Report on the administration of the Government Cinchona Department 1892-98
Year: 1892
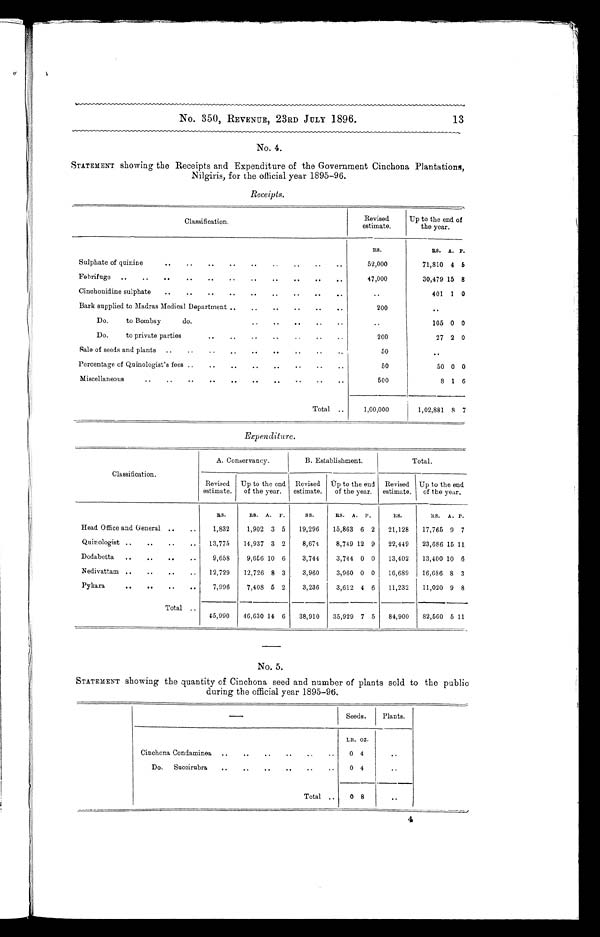
No. 350, REVENUE, 23RD JULY 1896.
13
No. 4.
STATEMENT showing the Receipts and Expenditure of the Government Cinchona Plantations,
Nilgiris, for the official year 1895-96.
Receipts.
Classification.
Revised
estimate.
Up to the end of
the year.
Sulphate of quinine
Rs.
RS.
A. P.
71,810 4
5
52,000
Febrifuge
47,000
30,479 15 8
Cinchonidine sulphate
..
1 0
Bark supplied to Madras Medical Department „
..
..
..
..
..
200
..
Do.
to Bombay
do.
..
..
...•
..
..
105 0 0
Do.
to private parties..
..
..
..
..
..
Sale of seeds and plants
..
..
..
..
..
• .
..
..
50
. .
Percentage of Quinologist's fees ..
..
..
..
..
..
..
..
50
50 0 0
Miscellaneous..
..
..
..
..
..
..
-
-
.
500
8 1 6
Total ..
1,00,000
1,02,881 8 7
Expenditure.
Classification.
A. Conservancy.
B. Establishment.
Total.
Revised
estimate.
Up to the end
of the year.
Revised
estimate.
Up to the end
of the year.
Revised
estimate.
Up to the end
of the year.
Head Office and General ..
..
RS.
RS.
A.
p.
RS.
RS.
A.
P.
Rs.
RS.
A. P.
1,832
1,902 3 5
19,296
15,863 6 2
21,128
17,765 9 7
Quinologist ..
..
..
..
13,775
14,937 3 2
8,674
8,749 12 9
22,449
23,686 15 11
Dodabetta
..
..
..
..
9,658
9,656 10 6
3,744
3,744 0 0
13,402
13,400 10 6
Nedivattam ..
..
..
..
12,729
12,726 8 3
3,960
3,960 0 0
16,689
16,686 8 3
Pykara
..
..
..
..
7,996
7,408 5 2
3,236
3,612 4 6
11,232
11,020 9 8
Total ..
45,990
46,630 14 6
38,910
35,929 7 5
84,900
82,560 5 11
No. 5.
STATEMENT showing the quantity of Cinchona seed and number of plants sold to the public
during the official year 1895-96.
-
Seeds.
Plants.
Cinchona Condaminea
..
..
..
..
..
..
LB. OZ.
..
0 4
Do.
Succirubra
„
..
..
..
..
..
0 4
Total , .
0 8
. .
4